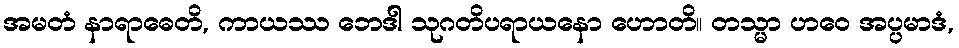
အမတံ နာရာဓေတိ, ကာယဿ ဘေဒါ သုဂတိပရာယနော ဟောတိ။ တသ္မာ ဟဝေ အပ္ပမာဒံ,